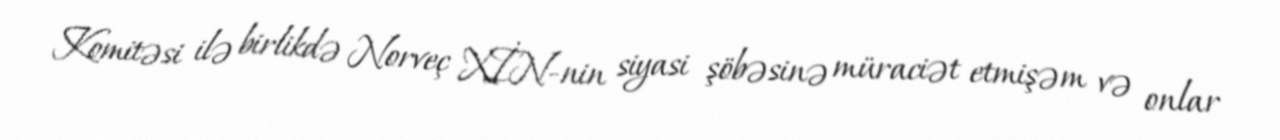
Komitəsi ilə birlikdə Norveç XİN-nin siyasi şöbəsinə müraciət etmişəm və onlar